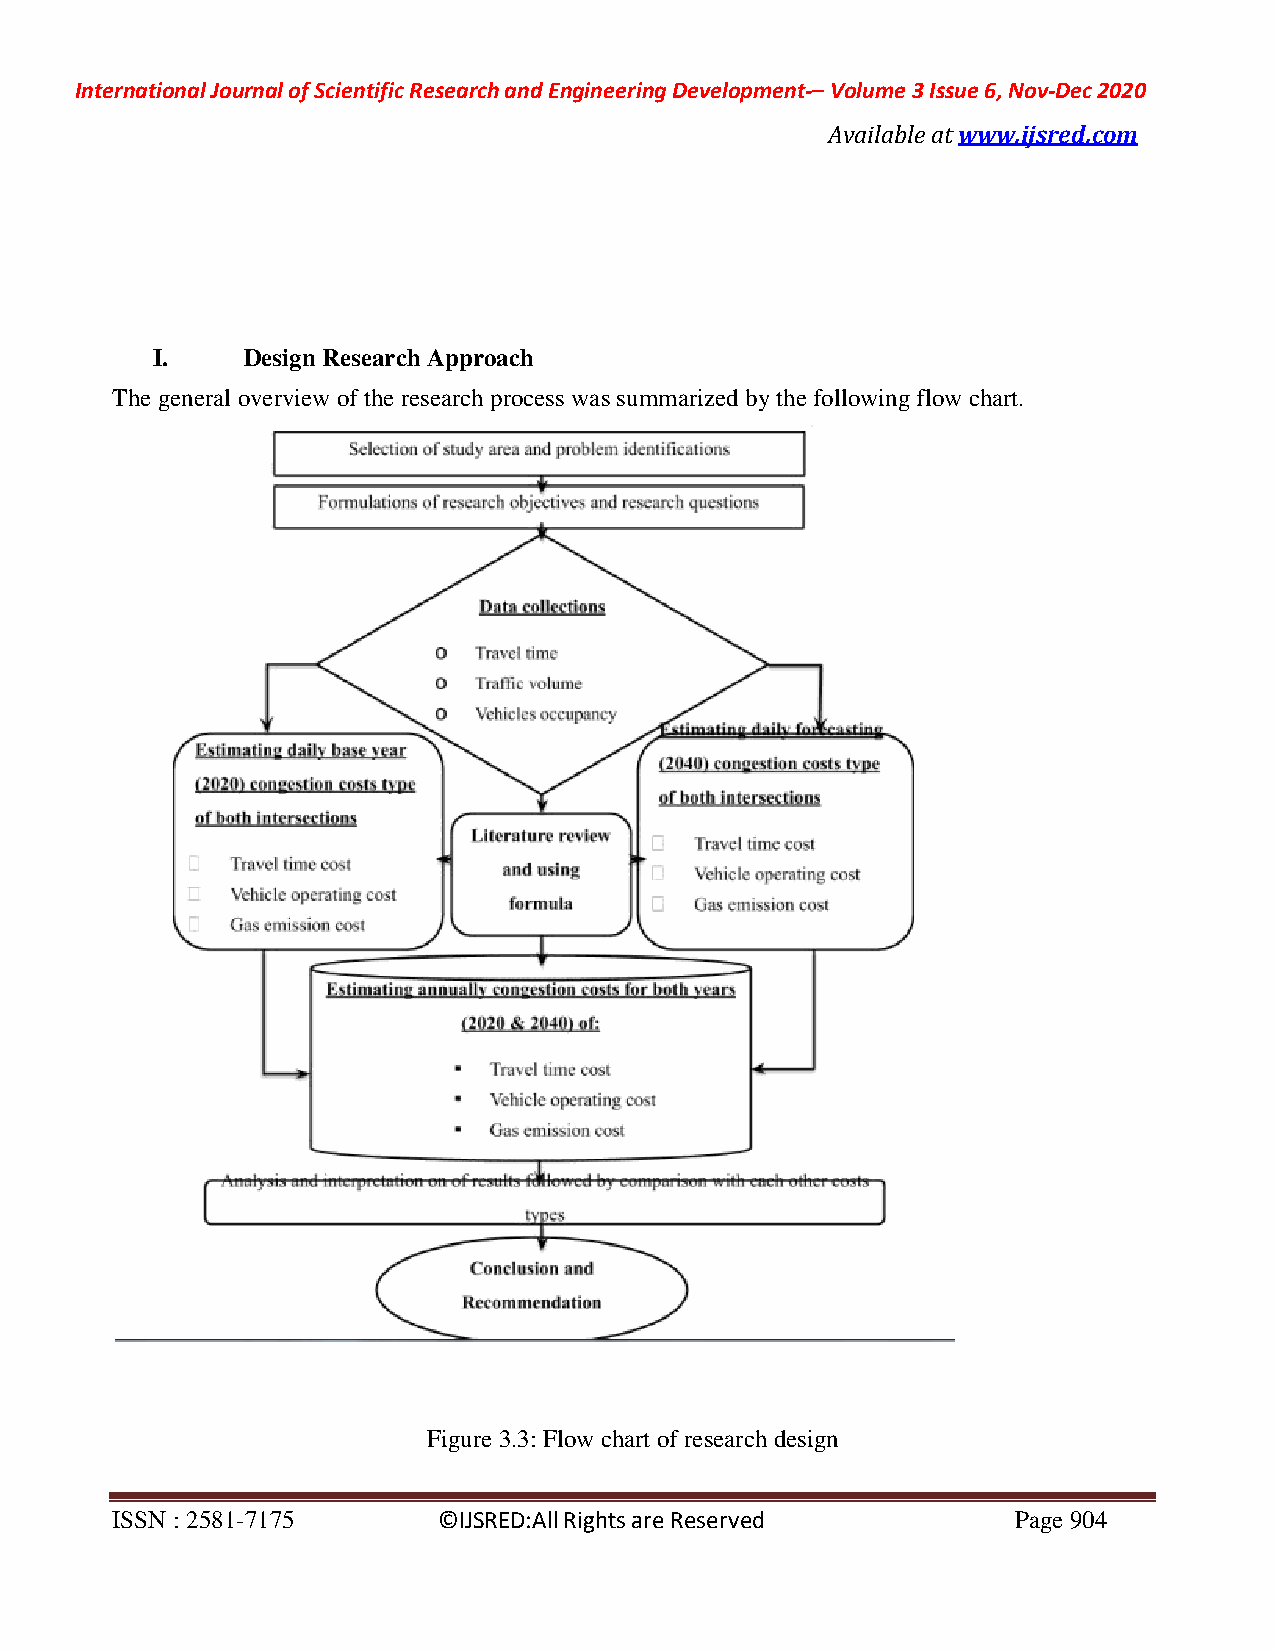
International Journal of Scientific Research and Engineering Development-– Volume 3 Issue 6, Nov-Dec 2020
 Available at www.ijsred.com
 I.    Design Research Approach
 The general overview of the research process was summarized by the following flow chart.
 Figure 3.3: Flow chart of research design
 ISSN : 2581-7175      ©IJSRED:All Rights are Reserved       Page 904